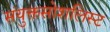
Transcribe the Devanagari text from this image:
संयुक्तसोशलिस्ट